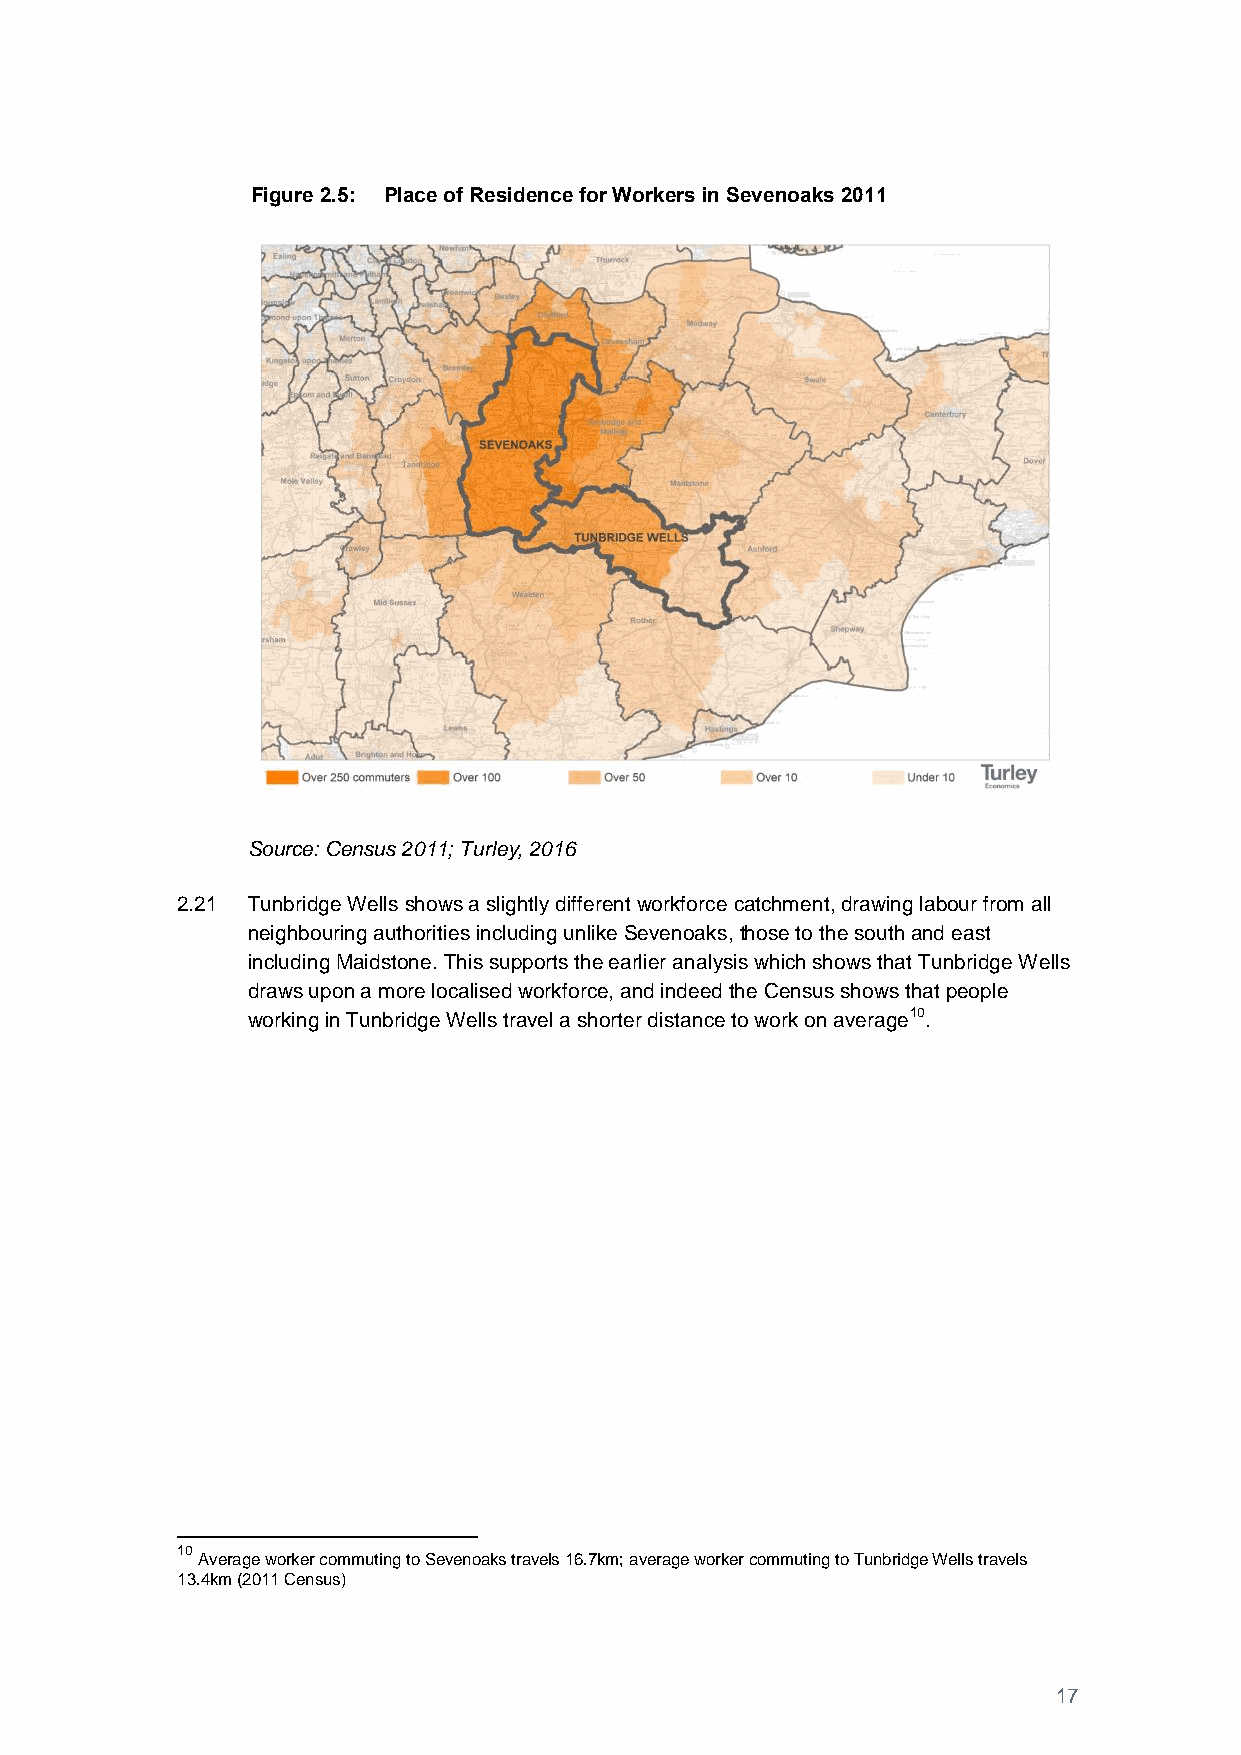
Figure 2.5: Place of Residence for Workers in Sevenoaks 2011
 Source: Census 2011; Turley, 2016
 2.21 Tunbridge Wells shows a slightly different workforce catchment, drawing labour from all
 neighbouring authorities including unlike Sevenoaks, those to the south and east
 including Maidstone. This supports the earlier analysis which shows that Tunbridge Wells
 draws upon a more localised workforce, and indeed the Census shows that people
 working in Tunbridge Wells travel a shorter distance to work on average10.
 10
 Average worker commuting to Sevenoaks travels 16.7km; average worker commuting to Tunbridge Wells travels
 13.4km (2011 Census)
 17